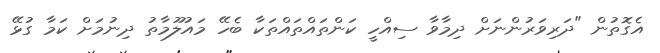
އެގޮތުން "ދަރިވަރުންނަށް ދިމާވާ ސިއްހީ ކަންތައްތައްތަކާ ބެހޭ މައުލޫމާތު ދިނުމަށް ކަމާ ގުޅޭ